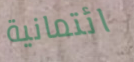
ائتمانية